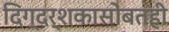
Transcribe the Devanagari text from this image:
दिग्दर्शकासोबतही